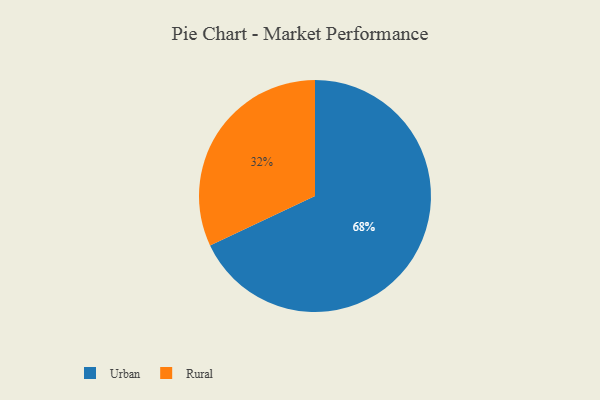
{"axis": {"x": "Category", "y": "Percentage"}, "legend": ["Rural", "Urban"], "data": [{"x": "Urban", "y": 68, "type": "Urban"}, {"x": "Rural", "y": 32, "type": "Rural"}]}